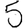
Digit: 5